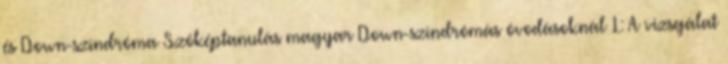
és Down-szindróma Szóképtanulás magyar Down-szindrómás óvodásoknál 1.: A vizsgálat